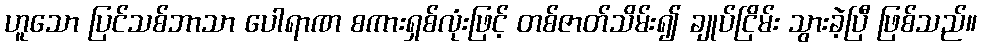
ဟူသော ပြင်သစ်ဘာသာ ပေါရာဏ စကားရှစ်လုံးဖြင့် တစ်ဇာတ်သိမ်း၍ ချုပ်ငြိမ်း သွားခဲ့ပြီ ဖြစ်သည်။